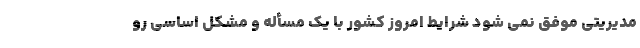
مدیریتی موفق نمی شود شرایط امروز کشور با یک مسأله و مشکل اساسی رو